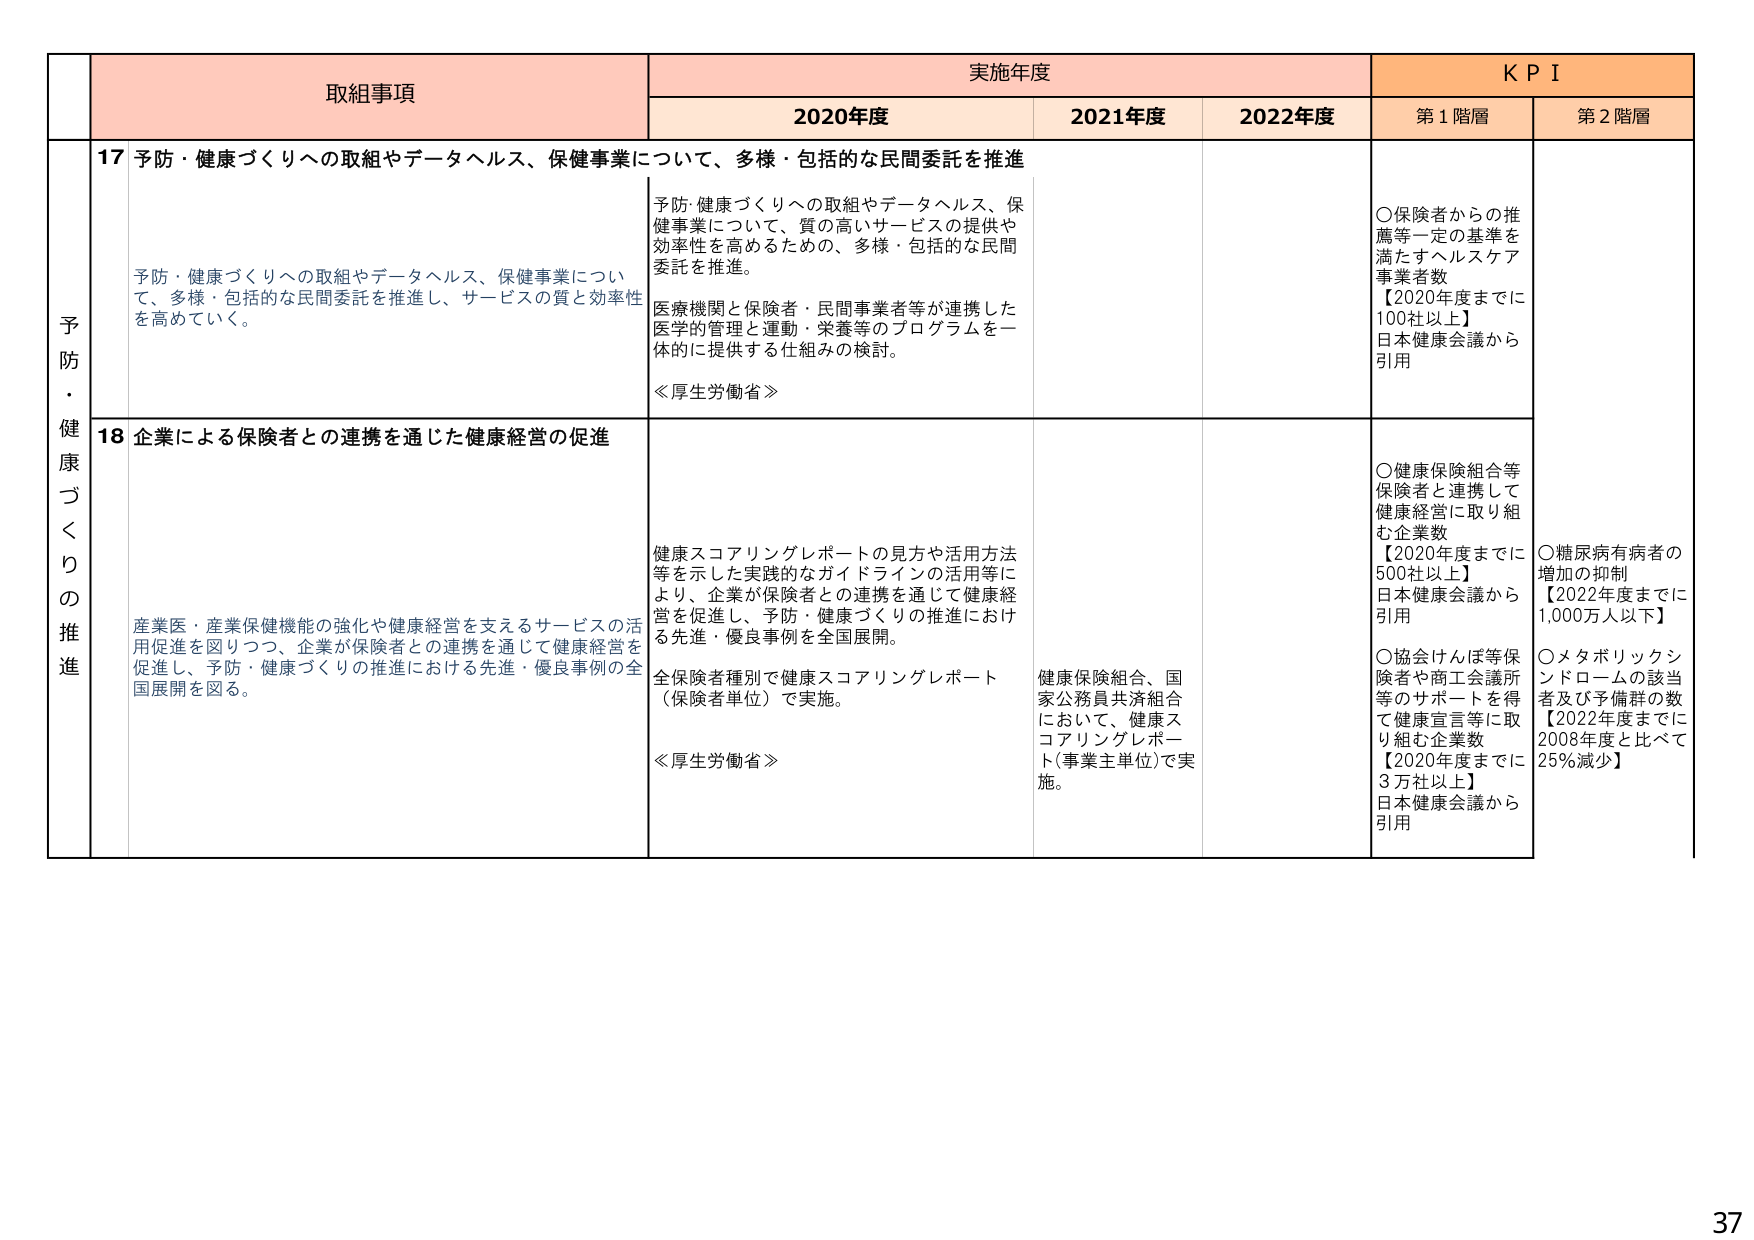
予防・健康づくりの推進

取組事項

実施年度

KPI

2020年度

2021年度

2022年度

第1階層

第2階層

17 予防・健康づくりへの取組やデータヘルス、保健事業について、多様・包括的な民間委託を推進

予防・健康づくりへの取組やデータヘルス、保健事業について、多様・包括的な民間委託を推進し、サービスの質と効率性を高めていく。

予防・健康づくりへの取組やデータヘルス、保健事業について、質の高いサービスの提供や効率性を高めるための、多様・包括的な民間委託を推進。

医療機関と保険者・民間事業者等が連携した医学的管理と運動・栄養等のプログラムを一体的に提供する仕組みの検討。

≪厚生労働省≫

○保険者からの推薦等一定の基準を満たすヘルスケア事業者数
【2020年度までに100社以上】
日本健康会議から引用

18 企業による保険者との連携を通じた健康経営の促進

産業医・産業保健機能の強化や健康経営を支えるサービスの活用促進を図りつつ、企業が保険者との連携を通じて健康経営を促進し、予防・健康づくりの推進における先進・優良事例の全国展開を図る。

健康スコアリングレポートの見方や活用方法等を示した実践的なガイドラインの活用等により、企業が保険者との連携を通じて健康経営を促進し、予防・健康づくりの推進における先進・優良事例を全国展開。

全保険者種別で健康スコアリングレポート（保険者単位）で実施。

≪厚生労働省≫

健康保険組合、国家公務員共済組合において、健康スコアリングレポート（事業主単位）で実施。

○健康保険組合等保険者と連携して健康経営に取り組む企業数
【2020年度までに500社以上】
日本健康会議から引用

○協会けんぽ等保険者や商工会議所等のサポートを得て健康宣言等に取り組む企業数
【2020年度までに3万社以上】
日本健康会議から引用

○糖尿病有病者の増加の抑制
【2022年度までに1,000万人以下】

○メタボリックシンドロームの該当者及び予備群の数
【2022年度までに2008年度と比べて25%減少】

37